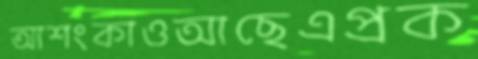
আশংকাওআছেএপ্রক